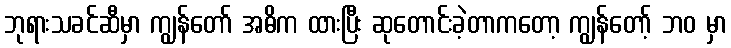
ဘုရားသခင်ဆီမှာ ကျွန်တော် အဓိက ထားပြီး ဆုတောင်းခဲ့တာကတော့ ကျွန်တော့် ဘဝ မှာ